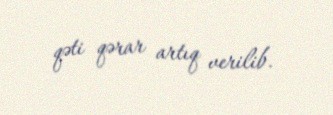
qəti qərar artıq verilib.